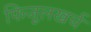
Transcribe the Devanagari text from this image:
फिजूलखर्च